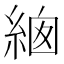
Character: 𦀙